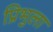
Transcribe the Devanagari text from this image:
प्रिभुला